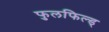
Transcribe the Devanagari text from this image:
फुलफिल्ड्